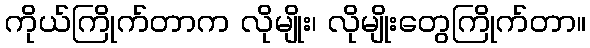
ကိုယ်ကြိုက်တာက လိုမျိုး၊ လိုမျိုးတွေကြိုက်တာ။